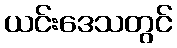
ယင်းဒေသတွင်